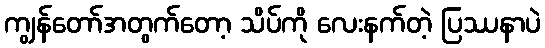
ကျွန်တော်အတွက်တော့ သိပ်ကို လေးနက်တဲ့ ပြဿနာပဲ